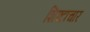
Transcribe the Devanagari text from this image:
शिश्टाचार